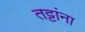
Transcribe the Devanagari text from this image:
तट्टांना